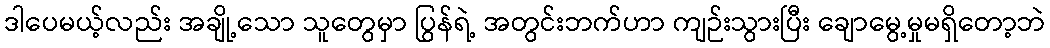
ဒါပေမယ့်လည်း အချို့သော သူတွေမှာ ပြွန်ရဲ့ အတွင်းဘက်ဟာ ကျဉ်းသွားပြီး ချောမွေ့မှုမရှိတော့ဘဲ